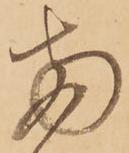
両